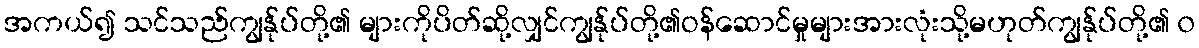
အကယ်၍ သင်သည်ကျွန်ုပ်တို့၏ များကိုပိတ်ဆို့လျှင်ကျွန်ုပ်တို့၏ဝန်ဆောင်မှုများအားလုံးသို့မဟုတ်ကျွန်ုပ်တို့၏ ၀